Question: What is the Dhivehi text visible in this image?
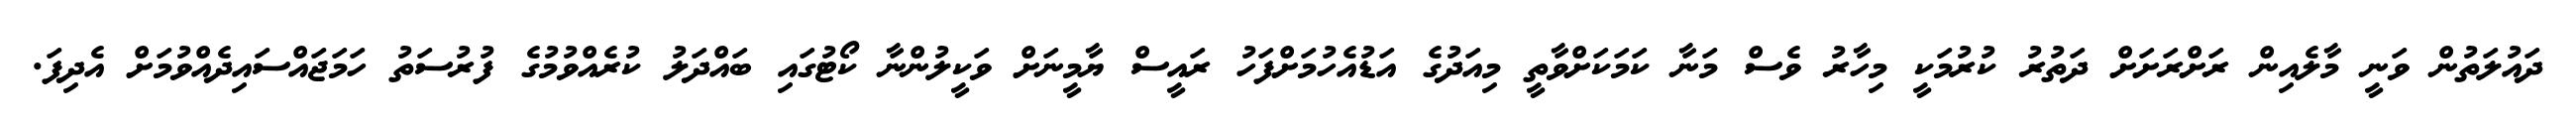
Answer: ދައުލަތުން ވަނީ މާލެއިން ރަށްރަށަށް ދަތުރު ކުރުމަކީ މިހާރު ވެސް މަނާ ކަމަކަށްވާތީ މިއަދުގެ އަޑުއެހުމަށްފަހު ރައީސް ޔާމީނަށް ވަކީލުންނާ ކޯޓުގައި ބައްދަލު ކުރެއްވުމުގެ ފުރުސަތު ހަމަޖައްސައިދެއްވުމަށް އެދިފަ.